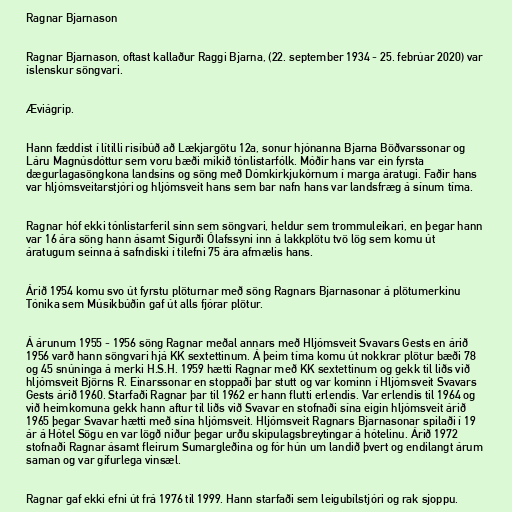
Ragnar Bjarnason

Ragnar Bjarnason, oftast kallaður Raggi Bjarna, (22. september 1934 - 25. febrúar 2020) var
íslenskur söngvari.

Æviágrip.

Hann fæddist í lítilli risíbúð að Lækjargötu 12a, sonur hjónanna Bjarna Böðvarssonar og
Láru Magnúsdóttur sem voru bæði mikið tónlistarfólk. Móðir hans var ein fyrsta
dægurlagasöngkona landsins og söng með Dómkirkjukórnum í marga áratugi. Faðir hans
var hljómsveitarstjóri og hljómsveit hans sem bar nafn hans var landsfræg á sínum tíma.

Ragnar hóf ekki tónlistarferil sinn sem söngvari, heldur sem trommuleikari, en þegar hann
var 16 ára söng hann ásamt Sigurði Ólafssyni inn á lakkplötu tvö lög sem komu út
áratugum seinna á safndiski í tilefni 75 ára afmælis hans.

Árið 1954 komu svo út fyrstu plöturnar með söng Ragnars Bjarnasonar á plötumerkinu
Tónika sem Músikbúðin gaf út alls fjórar plötur.

Á árunum 1955 - 1956 söng Ragnar meðal annars með Hljómsveit Svavars Gests en árið
1956 varð hann söngvari hjá KK sextettinum. Á þeim tíma komu út nokkrar plötur bæði 78
og 45 snúninga á merki H.S.H. 1959 hætti Ragnar með KK sextettinum og gekk til liðs við
hljómsveit Björns R. Einarssonar en stoppaði þar stutt og var kominn í Hljómsveit Svavars
Gests árið 1960. Starfaði Ragnar þar til 1962 er hann flutti erlendis. Var erlendis til 1964 og
við heimkomuna gekk hann aftur til liðs við Svavar en stofnaði sína eigin hljómsveit árið
1965 þegar Svavar hætti með sína hljómsveit. Hljómsveit Ragnars Bjarnasonar spilaði í 19
ár á Hótel Sögu en var lögð niður þegar urðu skipulagsbreytingar á hótelinu. Árið 1972
stofnaði Ragnar ásamt fleirum Sumargleðina og fór hún um landið þvert og endilangt árum
saman og var gífurlega vinsæl.

Ragnar gaf ekki efni út frá 1976 til 1999. Hann starfaði sem leigubílstjóri og rak sjoppu.